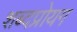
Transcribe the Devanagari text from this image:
शब्दप्रोयग